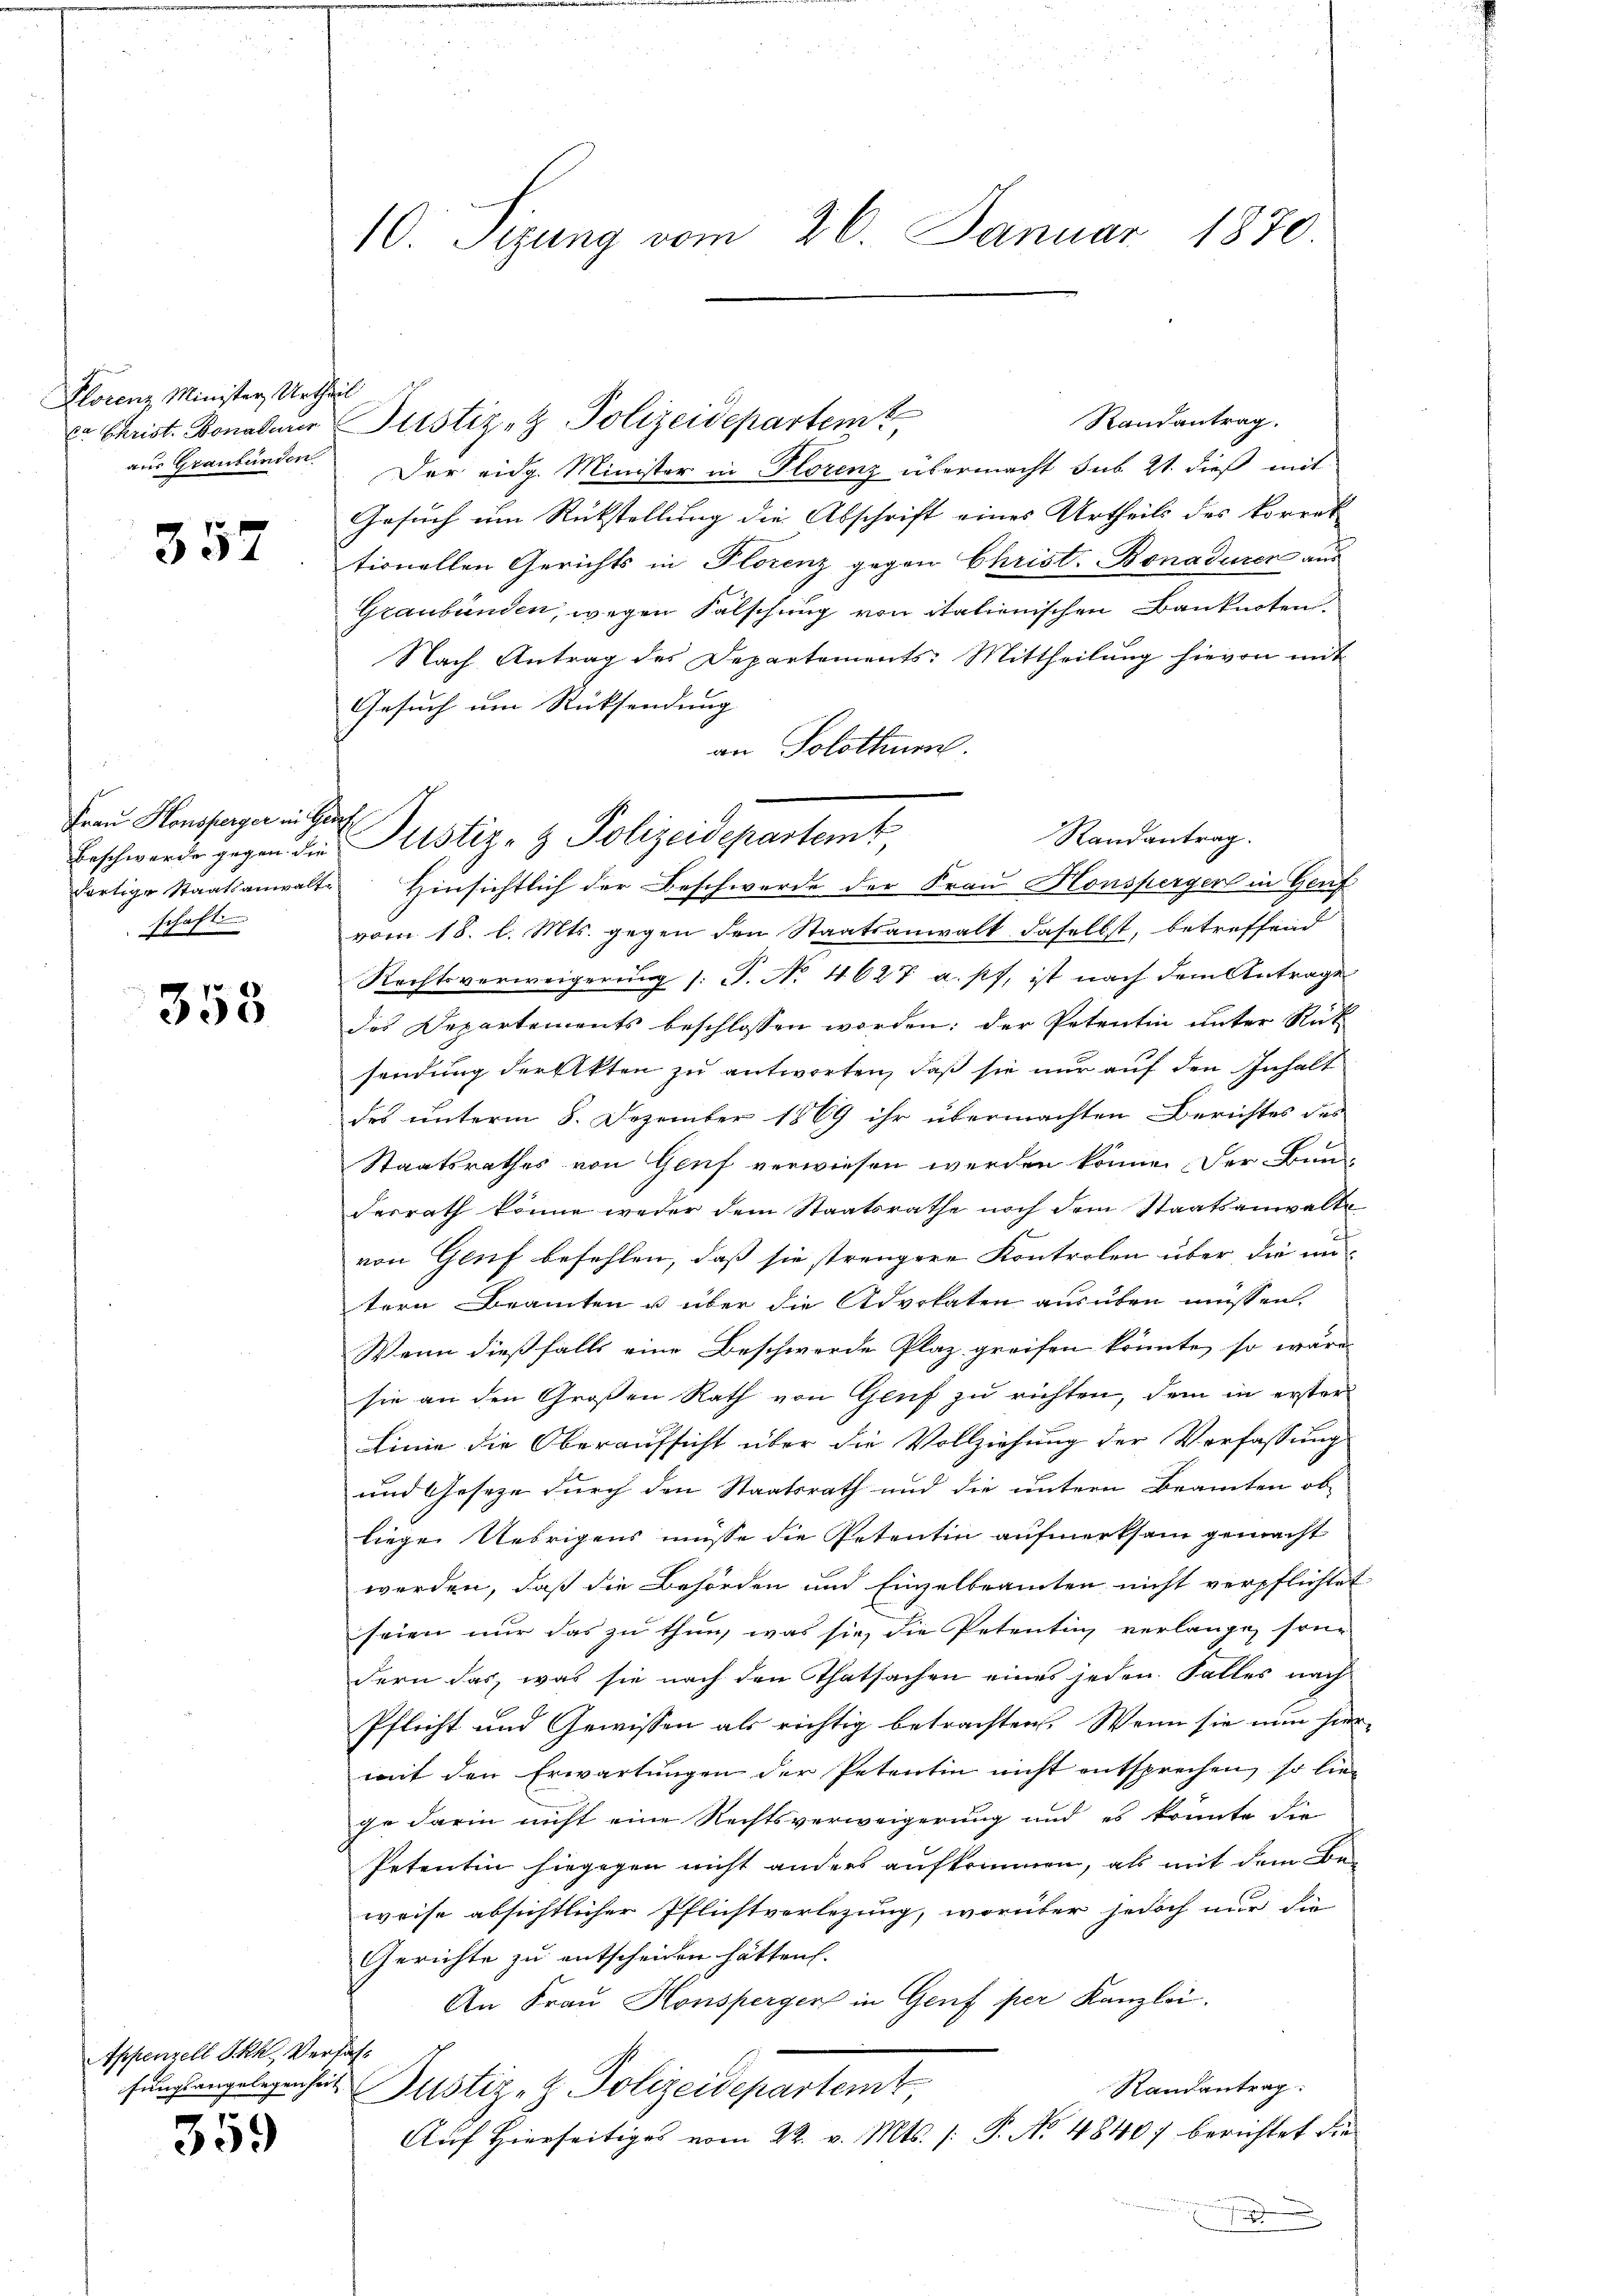
Plorenz Minister Urtheil
aus Graubünden

352

Frau Konsperger in g
Beschwerde gegen die
dortige Staatsanwalt
schaft

353

Appenzell Ikh. Verfass

359

10. Sizung vom 26. Januar 1870.

Randantrag.
 Christ. Bonabarer Justiz- & Polizeidepartem
Der eidg. Minister in Florenz übermacht sub 21. dieß mit
Gesuch ein Rückstellung die Abschrift eines Urtheils des Vorret
tionellen Gerichts in Plorenz gegen Christ. Bonaderen aus
Graubünden, wegen Falschung von italienischen Banknoten.
Nach Antrag des Departements: Mittheilŭng hievon mit
Gesuch um Rücksendung |
an Solothurn.
Hinsichtlich der Beschwerde der Frau Honsperger in Genf
vom 18. l. Mts. gegen den Staatsanwalt daselbst, betreffend
Rechtsverweigerung (: P. No. 4627 a.pf, ist nach dem Antrage
des Departements beschlossen worden: der Petentin unter Rück
sendung der Akten zu antworten, daß sie nur auf den Inhalt
des unterm 8. Dezember 1869 ihr übermachten Berichtes des
Staatsrathes von Genf verwiesen werden könne. Der Bun-
Ferrath könne weder dem Staatsrathe noch dem Staatsanwalte
von Genf befehlen, daß sie strengere Kontrolen über die un-
tern Beamten u über die Advokaten ausüben müssen.
Wenn dießfalls eine Beschwerde Plaz greifen könnte, so wäre
sie an den Großen Rath von Genf zu richten, dem in erster
Linie die Oberaufsicht über die Vollziehung der Verfassung
und Gesetze durch den Staatsrath und die untern Beamten obliege Uebrigens müsse die Petentin aufmerksam gemacht
werden, daß die Behörden und Einzelbeamten nicht verpflichtet
seien nur das zu thun, was sie, die Petentin verlange, sondern das, was sie nach den Thatsachen eines jeden Falles nach
Pflicht und Gewissen als richtig betrachten. Wenn sie nun hier
mit den Erwartungen der Petentin nicht entsprechen, so lieje darin nicht eine Rechtsverweigerung und es konnte die
Petentin hiegegen nicht anders aufkommen, als mit dem Be-
weise absichtlicher Pflichtverlegung, worüber jedoch nur die
Gerichte zu entscheiden hätten.
An Frau Honsperger in Genf per Kanzlei.
Randantrag:
fung angelegenheit Pustiz- & Polizeidepartemt
Auf Hierseitiges vom 22. v. Mts. (: P. No 4840) berichtet die

h
Randantrag.
Justiz- & Polizeidepartemb